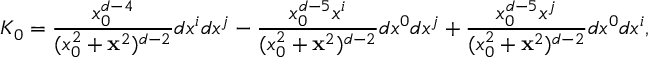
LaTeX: K _ { 0 } = { \frac { x _ { 0 } ^ { d - 4 } } { ( x _ { 0 } ^ { 2 } + { \bf x } ^ { 2 } ) ^ { d - 2 } } } d x ^ { i } d x ^ { j } - { \frac { x _ { 0 } ^ { d - 5 } x ^ { i } } { ( x _ { 0 } ^ { 2 } + { \bf x } ^ { 2 } ) ^ { d - 2 } } } d x ^ { 0 } d x ^ { j } + { \frac { x _ { 0 } ^ { d - 5 } x ^ { j } } { ( x _ { 0 } ^ { 2 } + { \bf x } ^ { 2 } ) ^ { d - 2 } } } d x ^ { 0 } d x ^ { i } ,